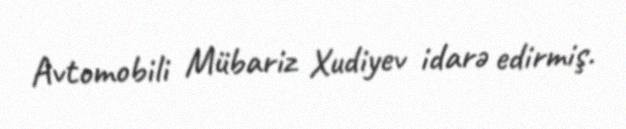
Avtomobili Mübariz Xudiyev idarə edirmiş.